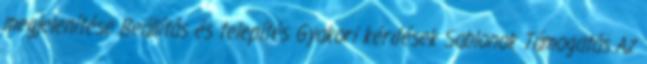
megjelenítése Beállítás és telepítés Gyakori kérdések Sablonok Támogatás Az